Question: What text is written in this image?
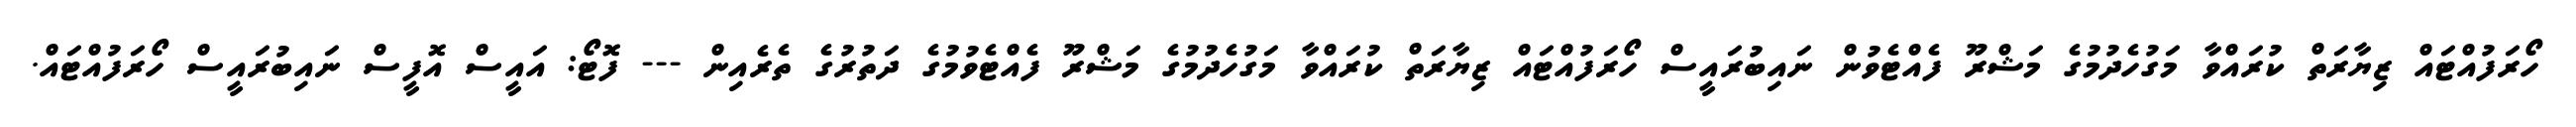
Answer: ހޯރަފުއްޓައް ޒިޔާރަތް ކުރައްވާ މަގުހެދުމުގެ މަޝްރޫ ފެއްޓެވުން ނައިބުރައީސް ހޯރަފުއްޓައް ޒިޔާރަތް ކުރައްވާ މަގުހެދުމުގެ މަޝްރޫ ފެއްޓެވުމުގެ ދަތުރުގެ ތެރެއިން --- ފޮޓޯ: އައީސް އޮފީސް ނައިބުރައީސް ހޯރަފުއްޓައް.